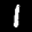
Label: 1